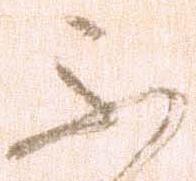
不